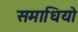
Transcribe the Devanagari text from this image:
समाधियो